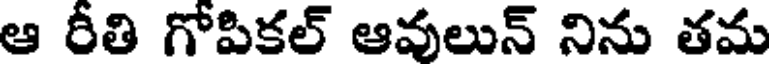
ఆ రీతి గోపికల్ ఆవులున్ నిను తమ